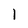
Character: 1